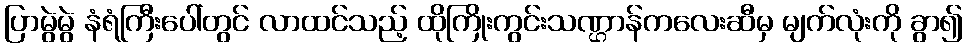
ပြာမွဲမွဲ နံရံကြီးပေါ်တွင် လာထင်သည့် ထိုကြိုးကွင်းသဏ္ဌာန်ကလေးဆီမှ မျက်လုံးကို ခွာ၍